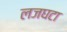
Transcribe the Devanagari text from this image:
लजघटा